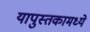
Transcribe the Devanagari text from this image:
यापुस्तकामध्ये